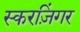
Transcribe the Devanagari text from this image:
स्करज़िंगर